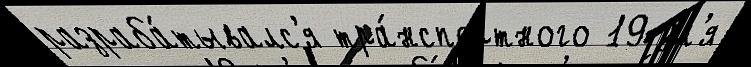
разраба́тывалс'я тра́нспортного 19 дл'я